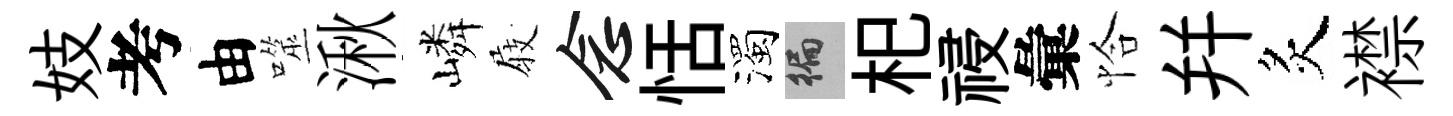
妓考由噬湫嶙𡲆念恬濁徧𣏌祲彙恰幷炙襟